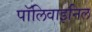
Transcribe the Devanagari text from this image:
पॉलिवाइनिल